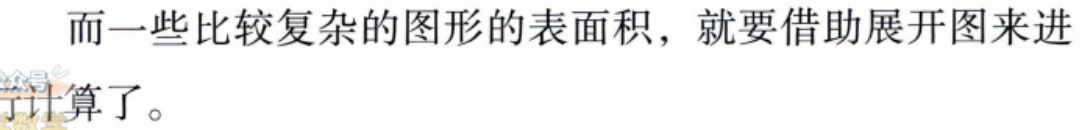
而一些比较复杂的图形的表面积，就要借助展开图来进
行计算了。